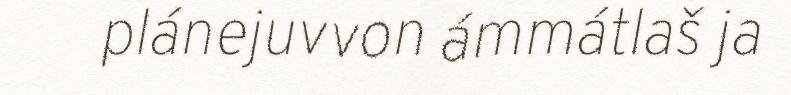
plánejuvvon ámmátlaš ja